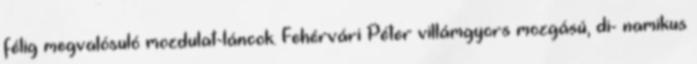
félig megvalósuló mozdulat-láncok. Fehérvári Péter villámgyors mozgású, di- namikus